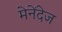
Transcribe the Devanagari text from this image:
मेनेंदेज